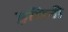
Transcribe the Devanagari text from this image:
डुमिनी